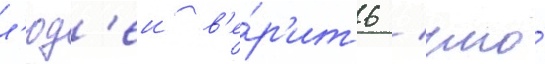
л'юд'еи в'е́р'ить / что́